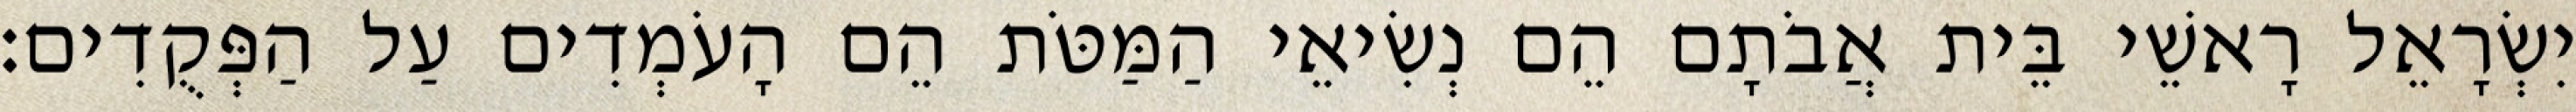
יִשְׂרָאֵל רָאשֵׁי בֵּית אֲבֹתָם הֵם נְשִׂיאֵי הַמַּטֹּת הֵם הָעֹמְדִים עַל הַפְּקֻדִים׃